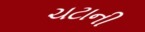
ચટાની